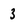
Character: 3